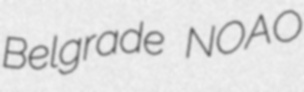
Belgrade NOAO